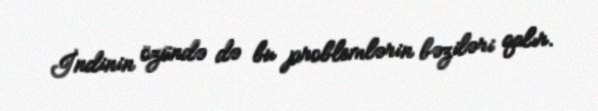
İndinin özündə də bu problemlərin bəziləri qalır.